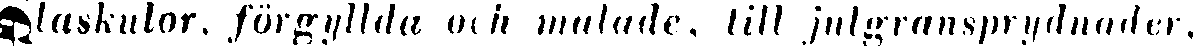
glaskulor, förgyllda och målade, till julgransprydnader,